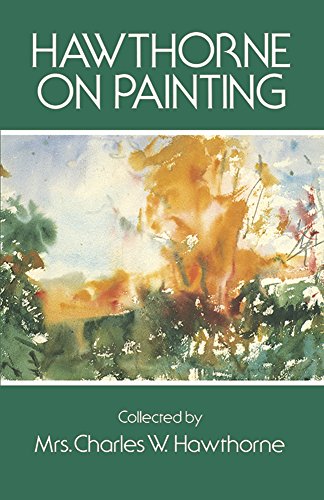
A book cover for Hawthorne on Painting (Dover Art Instruction); Arts & Photography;